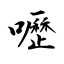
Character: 嚦